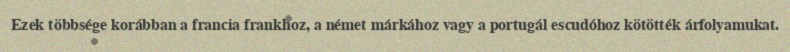
Ezek többsége korábban a francia frankhoz, a német márkához vagy a portugál escudóhoz kötötték árfolyamukat.